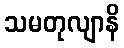
သမတုလျာနိ